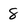
Character: 8